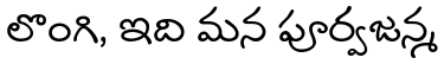
లొంగి, ఇది మన పూర్వజన్మ